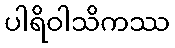
ပါရိဝါသိကဿ